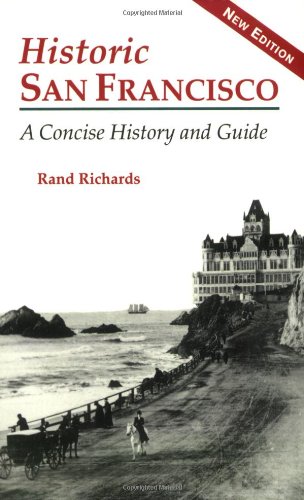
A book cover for Historic San Francisco: A Concise History and Guide; Rand Richards; Travel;